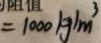
= 1 0 0 0 k g / m ^ { 3 }